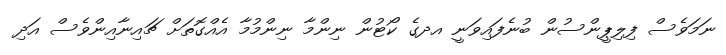
ނަމަވެސް ފިލިޕީންސުން ބުނެފައިވަނީ އދގެ ކޯޓުން ނިންމާ ނިންމުމާ އެއްގޮތަށް ޗައިނާއިންވެސް އަދި